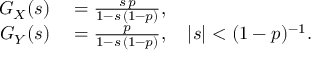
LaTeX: \begin{array} { r l } { G _ { X } ( s ) } & { { } = { \frac { s \, p } { 1 - s \, ( 1 - p ) } } , } \\ { G _ { Y } ( s ) } & { { } = { \frac { p } { 1 - s \, ( 1 - p ) } } , \quad | s | < ( 1 - p ) ^ { - 1 } . } \end{array}